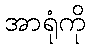
အာရုံကို